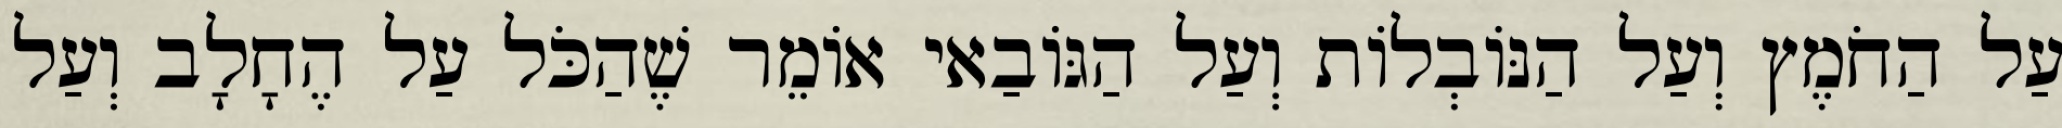
עַל הַחֹמֶץ וְעַל הַנּוֹבְלוֹת וְעַל הַגּוֹבַאי אוֹמֵר שֶׁהַכֹּל עַל הֶחָלָב וְעַל